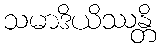
သမာဒိယိဿန္တိ